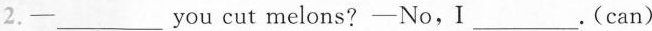
2.-___you cut melons?-No,I___ .(can)